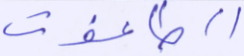
الطاغوت